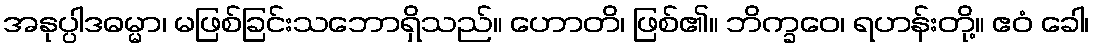
အနုပ္ပါဒဓမ္မာ၊ မဖြစ်ခြင်းသဘောရှိသည်။ ဟောတိ၊ ဖြစ်၏။ ဘိက္ခဝေ၊ ရဟန်းတို့။ ဧဝံ ခေါ၊